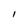
Character: I